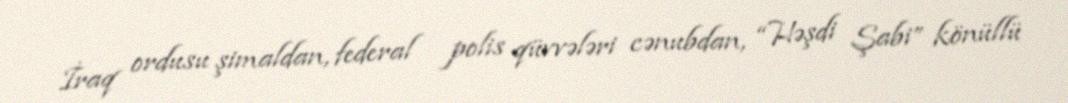
İraq ordusu şimaldan, federal polis qüvvələri cənubdan, “Həşdi Şabi” könüllü